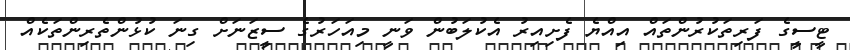
ޓީސީގެ ފަރިތަކުރުންތައް އިއްޔެ ފެށިއިރު އެކުލަބުން ވަނީ މިއަހަރުގެ ސީޒަނަށް ގިނަ ކުޅުންތެރިންތަކެއް